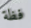
فظة